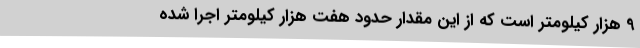
9 هزار کیلومتر است‌ که از این مقدار حدود هفت هزار کیلومتر اجرا شده